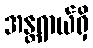
အန္တရာယ်ရှိ